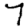
Digit: 7